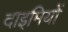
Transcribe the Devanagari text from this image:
दाइमियों